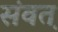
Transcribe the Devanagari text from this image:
संवत़